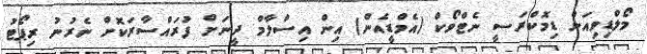
މޯލްޑިވިއަން ޑިމޮކްރަސީ ނެޓްވޯކް (އެމްޑީއެން) އިން އިސްލާމް ދީނަށް ފުރައްސާރަކޮށް ނެރުނު ރިޕޯޓު